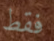
فقط